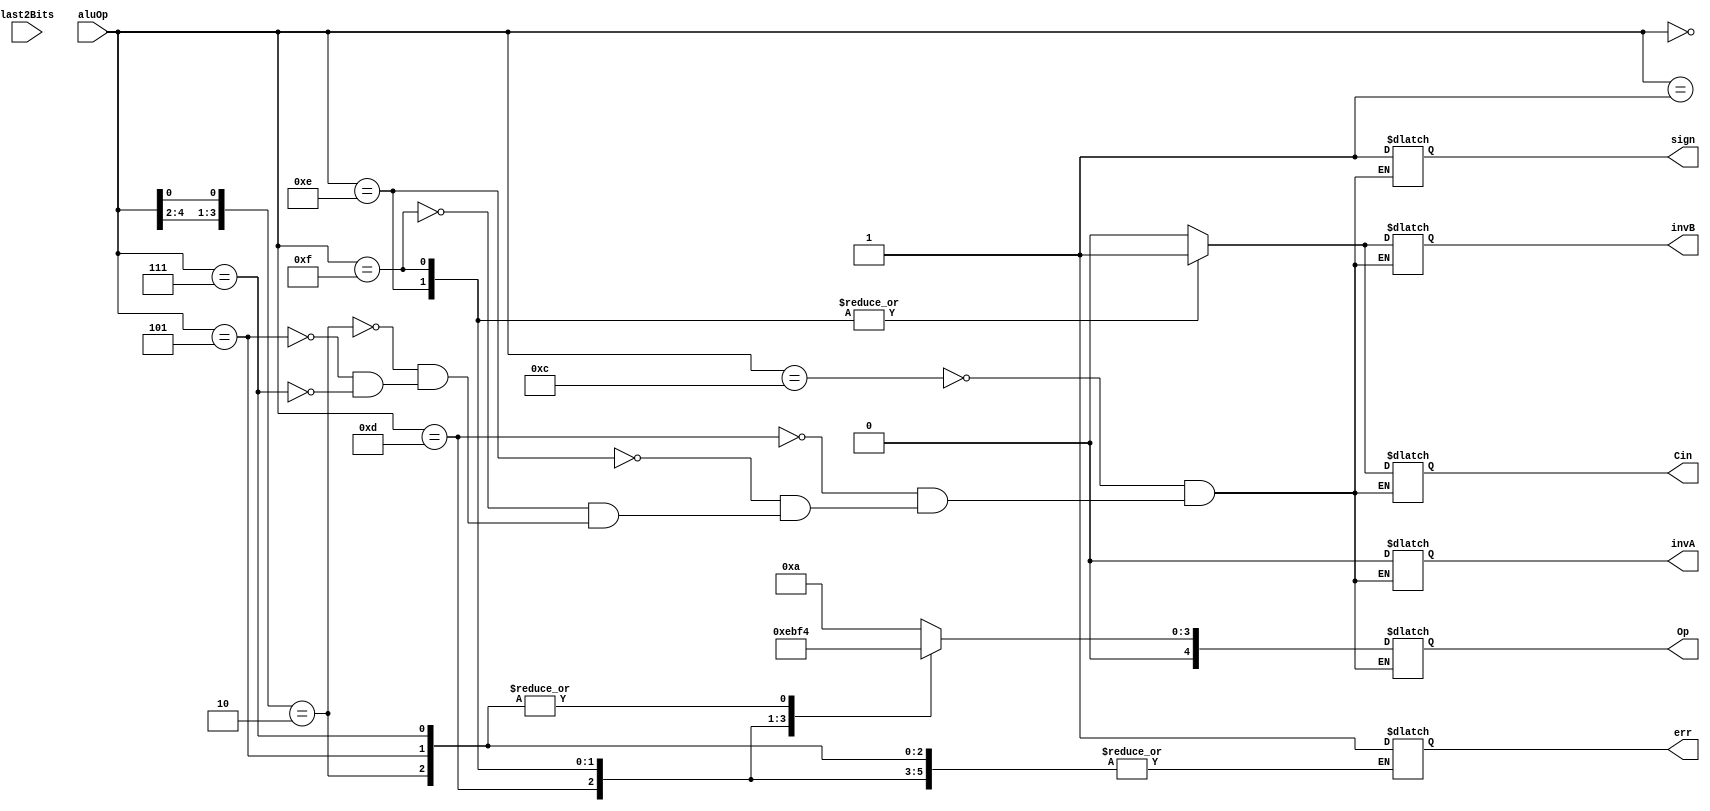
module alu_op_branch(aluOp, last2Bits, Cin, Op, invA, invB, sign, err);

input [4:0] aluOp;
input[1:0]last2Bits;
output reg Cin, invA, invB, sign, err;
output reg [4:0]Op;

  always@(*)
	begin
		casex (aluOp) 
		
		5'b00000: begin  //halt
		end

		5'b00001: begin  //nop
		end

		5'b01100: begin //BEQZ
			Cin = 0;
	        Op = 5'b01010; //RT == RT
	        invA = 0;
	        invB = 0;
	        sign = 1;
		end

		5'b01101: begin //BNEZ
			Cin = 0;
	        Op = 5'b01110; //RS != RT
	        invA = 0;
	        invB = 0;
	        sign = 1;
		end
		
		5'b01110: begin //BLTZ
			Cin = 1;
	        Op = 5'b01011; //RS < RT
	        invA = 0;
	        invB = 1;
	        sign = 1;
		end

		5'b01111: begin //BGEZ
			Cin = 1;
	        Op = 5'b01111; //RS GT RT
	        invA = 0;
	        invB = 1;
	        sign = 1;
		end

		5'b001?0: begin //J and JAL
			Cin = 0;
	        Op = 5'b00100; //ADD
	        invA = 0;
	        invB = 0;
	        sign = 1;
		end


		5'b00101: begin //JR
			Cin = 0;
	        Op = 5'b00100; //ADD
	        invA = 0;
	        invB = 0;
	        sign = 1;
		end

		5'b00111: begin //JALR
			Cin = 0;
	        Op = 5'b00100; //ADD
	        invA = 0;
	        invB = 0;
	        sign = 1;
		end

		default: begin
			err = 1;
		end
		
		endcase
		
	end

endmodule